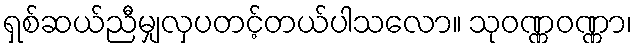
ရှစ်ဆယ်ညီမျှလှပတင့်တယ်ပါသလော။ သုဝဏ္ဏဝဏ္ဏာ၊